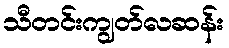
သီတင်းကျွတ်လဆန်း